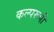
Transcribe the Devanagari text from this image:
कल्परूपी